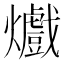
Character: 㸍